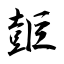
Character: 壾